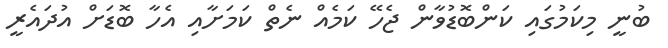
ބުނީ މިކަމުގައި ކަންބޮޑުވާން ޖެހޭ ކަމެއް ނެތް ކަމަށާއި އެހާ ބޮޑަށް އުދައެރީ